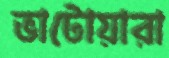
ভাটোয়ারা